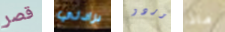
قصر برادلي بوردو ماذا